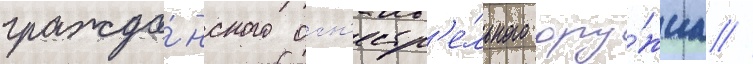
гражда́нского огн'естр'е́льного ору́жиа //